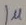
Text: 1µ